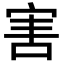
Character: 害